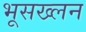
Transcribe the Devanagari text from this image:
भूसख्लन